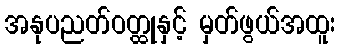
အနုပညတ်ဝတ္ထုနှင့် မှတ်ဖွယ်အထူး